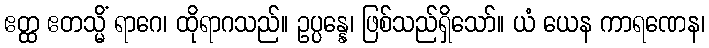
ဧတ္ထ ဧတသ္မိံ ရာဂေ၊ ထိုရာဂသည်။ ဥပ္ပန္နေ၊ ဖြစ်သည်ရှိသော်။ ယံ ယေန ကာရဏေန၊